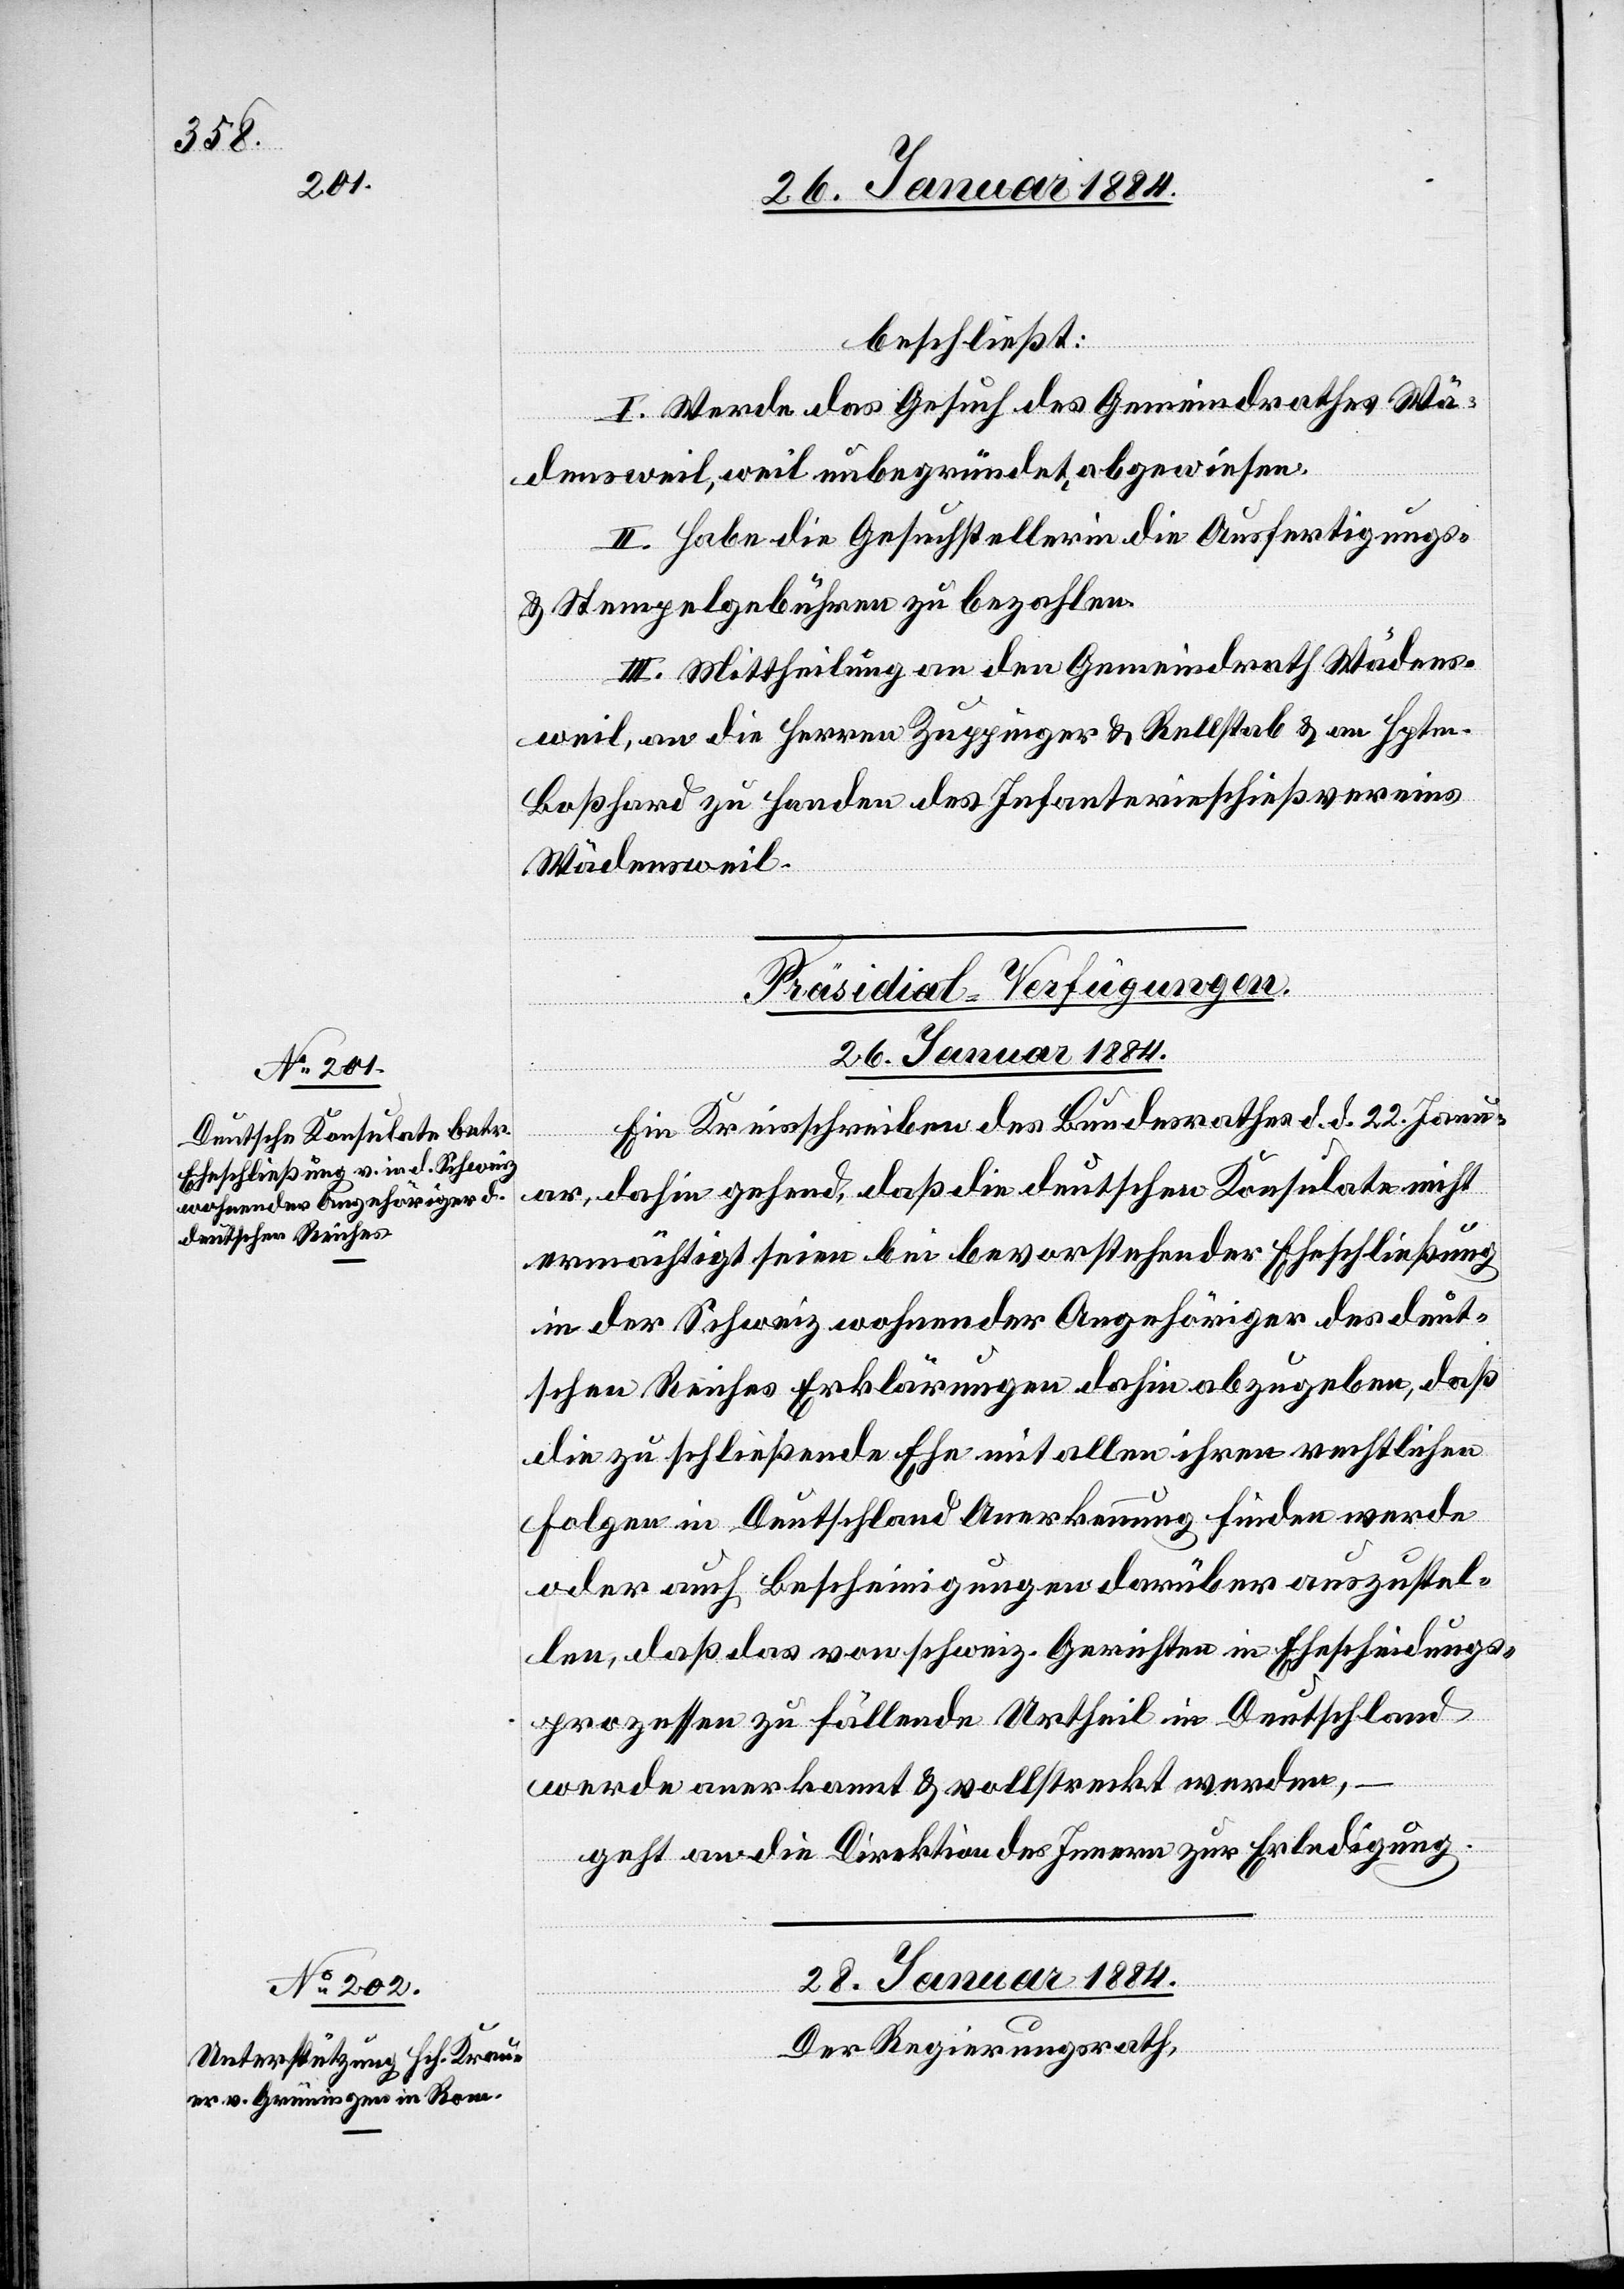
beschließt:
I. Werde das Gesuch des Gemeindrathes Wä¬
densweil, weil unbegründet, abgewiesen.
II. Habe die Gesuchstellerin die Ausfertigungs-
& Stempelgebühren zu bezahlen.
III. Mittheilung an den Gemeindrath Wädens¬
weil, an die Herren Zuppinger & Rellstab & an Hptm.
Boßhard zu Handen des Infanterieschießvereins
Wädensweil.
[Präsidial-Verfügungen.]
26. Januar 1884.
Ein Kreisschreiben des Bundesrathes d. d. 22. Janu¬
ar, dahin gehend, daß die deutschen Konsulate nicht
ermächtigt seien bei bevorstehender Eheschließung
in der Schweiz wohnender Angehöriger des deut¬
schen Reiches Erklärungen dahin abzugeben, daß
die zu schließende Ehe mit allen ihren rechtlichen
Folgen in Deutschland Anerkennung finden werde
oder auch Bescheinigungen darüber auszustel¬
len, daß das vom schweiz. Gericht in Ehescheidungs¬
prozessen zu fällende Urtheil in Deutschland
werde anerkannt & vollstreckt werden,
geht an die Direktion des Innern zur Erledigung.
28. Januar 1884.
Der Regierungsrath,